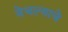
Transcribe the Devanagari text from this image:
वेचल्याचे